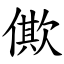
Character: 僛